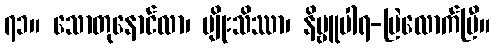
၇၁။ သောတုနောင်လာ၊ မျိုးသိဿာ၊ နိဗ္ဗူပါရ-မြဲလောက်ပြီ။